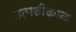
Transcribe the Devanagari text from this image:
उत्पत्तीकाळ